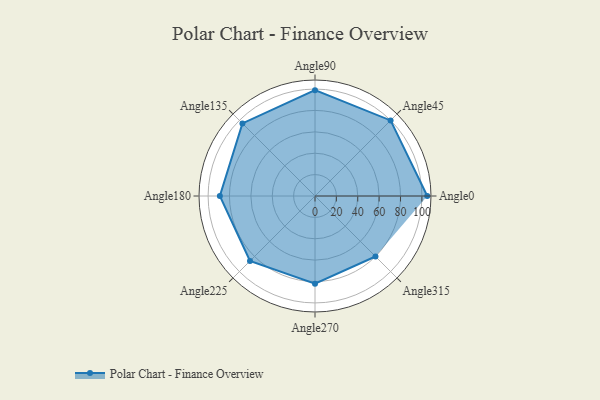
{"axis": {"x": "Angle", "y": "Radius"}, "legend": [""], "data": [{"x": "Angle0", "y": 105.0, "type": ""}, {"x": "Angle45", "y": 100.0, "type": ""}, {"x": "Angle90", "y": 99.0, "type": ""}, {"x": "Angle135", "y": 96.0, "type": ""}, {"x": "Angle180", "y": 89.0, "type": ""}, {"x": "Angle225", "y": 86.0, "type": ""}, {"x": "Angle270", "y": 82.0, "type": ""}, {"x": "Angle315", "y": 80.0, "type": ""}]}